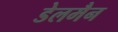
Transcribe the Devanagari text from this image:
डेलमैन